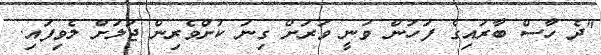
"ދެ ހާސް ބާރައިގެ ފަހުން ވަނީ ވަރަށް ގިނަ ކުށްވެރިން ޖަލަށް ލެވިފައި.